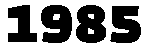
1985